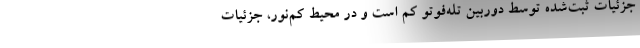
جزئیات ثبت‌شده توسط دوربین تله‌فوتو کم است و در محیط کم‌نور، جزئیات